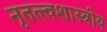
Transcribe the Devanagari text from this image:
नृतत्त्वशास्त्रीय